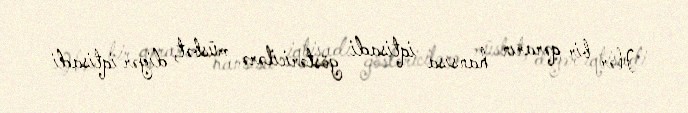
Hər bir qərarın hansısa iqtisadi göstəricilərə müsbət, digər iqtisadi